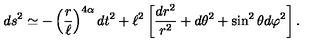
d s ^ { 2 } \simeq - \left( { \frac { r } { \ell } } \right) ^ { 4 \alpha } d t ^ { 2 } + \ell ^ { 2 } \left[ { \frac { d r ^ { 2 } } { r ^ { 2 } } } + d \theta ^ { 2 } + \sin ^ { 2 } \theta d \varphi ^ { 2 } \right] .